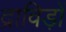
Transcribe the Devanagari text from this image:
द्राविड़ों